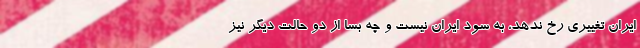
ایران تغییری رخ ندهد، به سود ایران نیست و چه بسا از دو حالت دیگر نیز